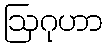
ဩဂုဟာ